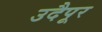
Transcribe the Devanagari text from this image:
उदैपूर